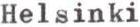
Helsinki